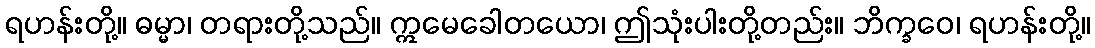
ရဟန်းတို့။ ဓမ္မာ၊ တရားတို့သည်။ ဣမေခေါတယော၊ ဤသုံးပါးတို့တည်း။ ဘိက္ခဝေ၊ ရဟန်းတို့။